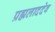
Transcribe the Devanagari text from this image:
प्रह्मलाददेव